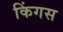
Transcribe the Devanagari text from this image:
किंगस